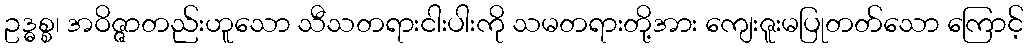
ဥဒ္ဓစ္စ၊ အဝိဇ္ဇာတည်းဟူသော သီသတရားငါးပါးကို သမတရားတို့အား ကျေးဇူးမပြုတတ်သော ကြောင့်